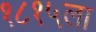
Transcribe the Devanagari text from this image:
१८१५ला